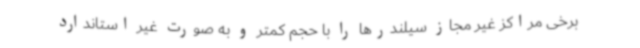
برخی مراکز غیر مجاز سیلندرها را با حجم کمتر و به صورت غیر استاندارد